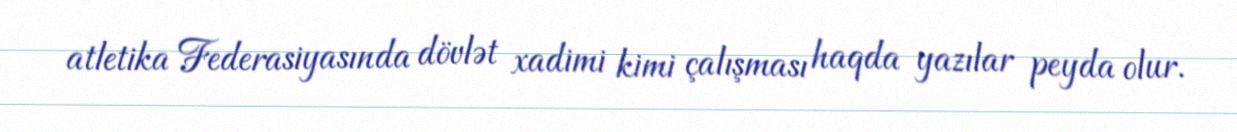
atletika Federasiyasında dövlət xadimi kimi çalışması haqda yazılar peyda olur.